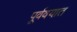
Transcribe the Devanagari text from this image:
पूर्ववयात